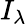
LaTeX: I_{\lambda}